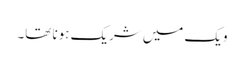
ویک میں شریک ہونا تھا۔